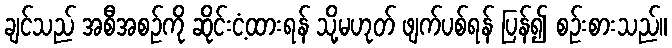
ချင်သည် အစီအစဉ်ကို ဆိုင်းငံ့ထားရန် သို့မဟုတ် ဖျက်ပစ်ရန် ပြန်၍ စဉ်းစားသည်။